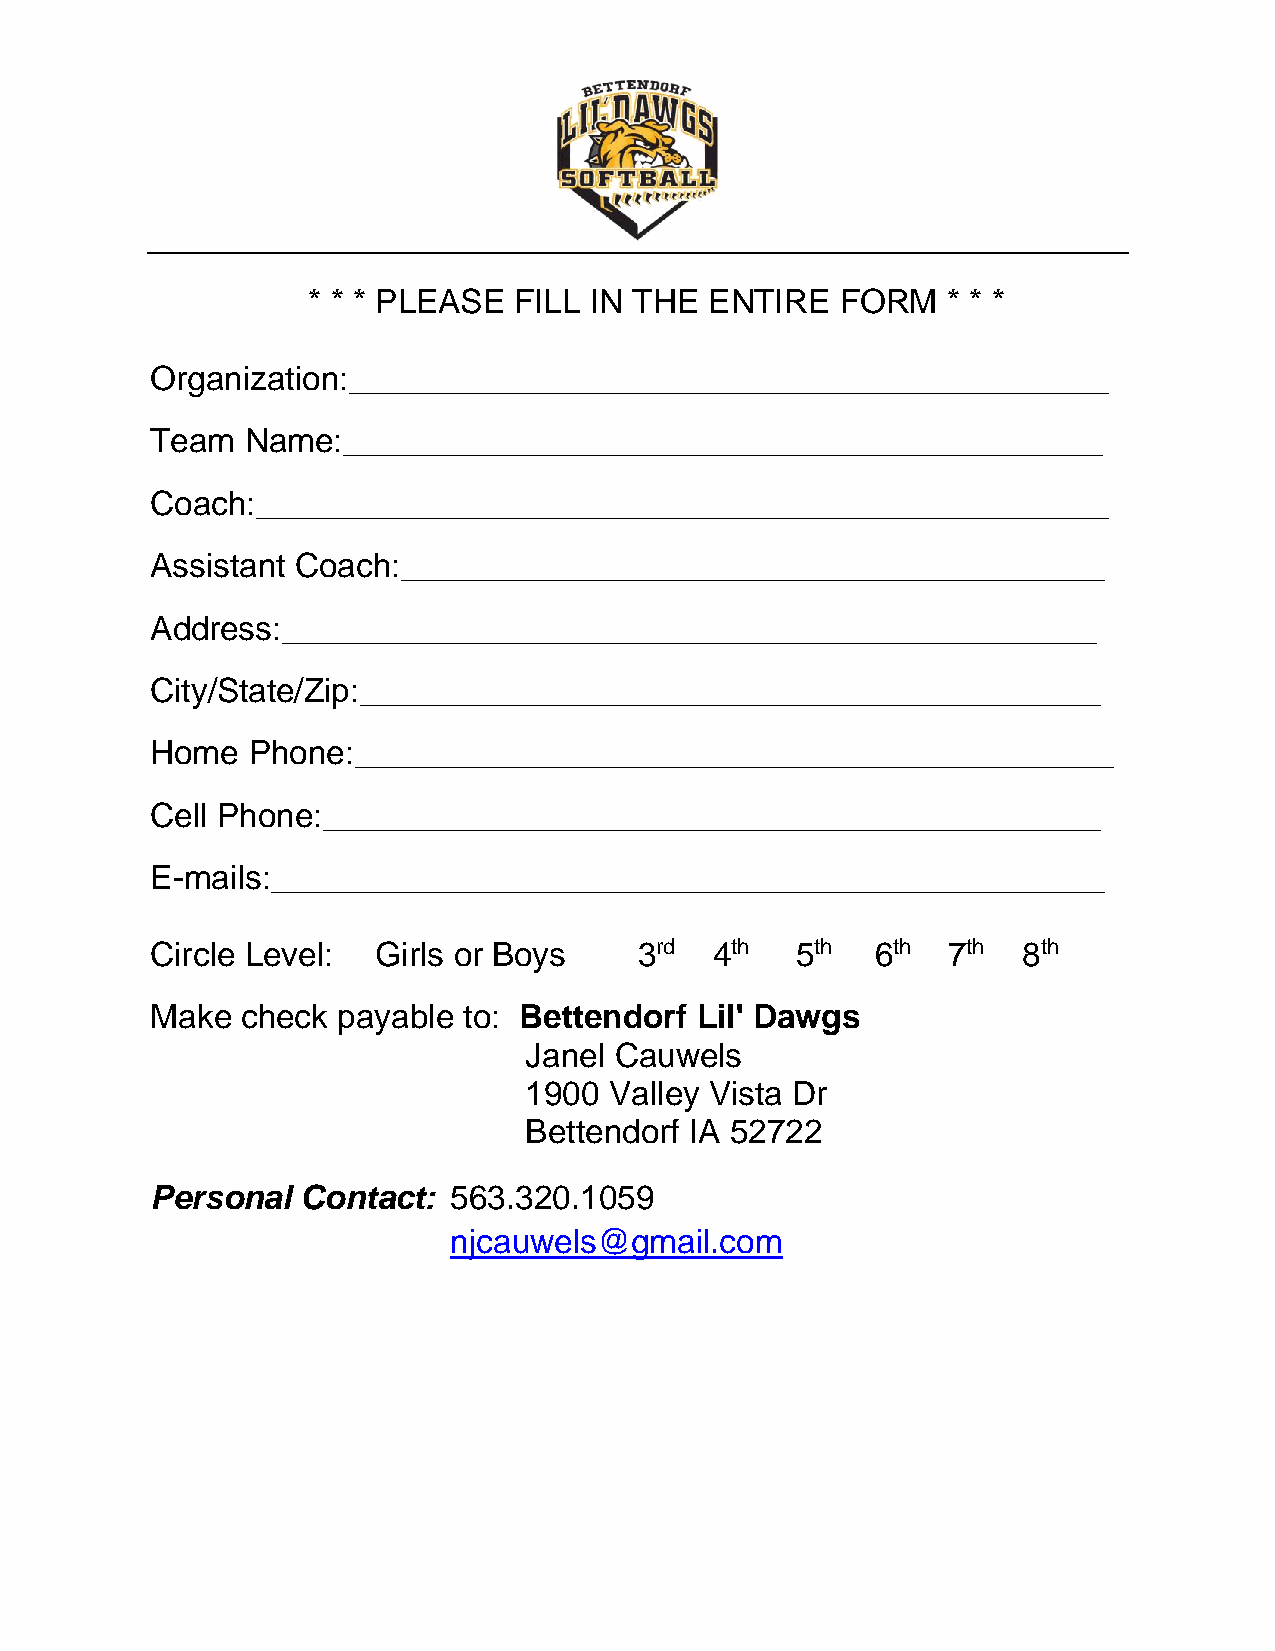
* * * PLEASE  FILL IN THE  ENTIRE   FORM   * * *
 Organization:_________________________________________
 Team  Name:_________________________________________
 Coach:______________________________________________
 Assistant Coach:______________________________________
 Address:____________________________________________
 City/State/Zip:________________________________________
 Home  Phone:_________________________________________
 Cell Phone:__________________________________________
 E-mails:_____________________________________________
 Circle Level:  Girls or Boys    3rd  4th   5th  6th  7th  8th
 Make  check payable  to: Bettendorf Lil' Dawgs
 Janel Cauwels
 1900 Valley Vista Dr
 Bettendorf IA 52722
 Personal  Contact:  563.320.1059
 njcauwels@gmail.com